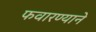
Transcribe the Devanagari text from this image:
फवारण्याने